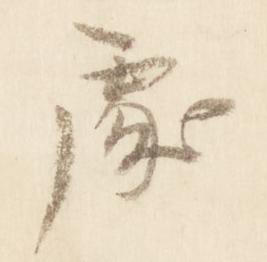
処